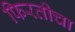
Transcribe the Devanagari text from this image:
फिरतीचा